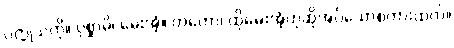
ပက္ကုသကို။ ပုစ္ဆာမိ၊ မေးအံ့။ တတော၊ ထိုမေးအံ့ဟုဆိုအပ်သောစကားထက်။